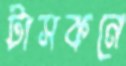
টাসকনে